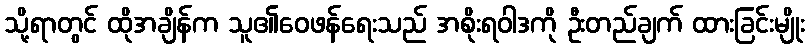
သို့ရာတွင် ထိုအချိန်က သူ၏ဝေဖန်ရေးသည် အစိုးရဝါဒကို ဦးတည်ချက် ထားခြင်းမျိုး